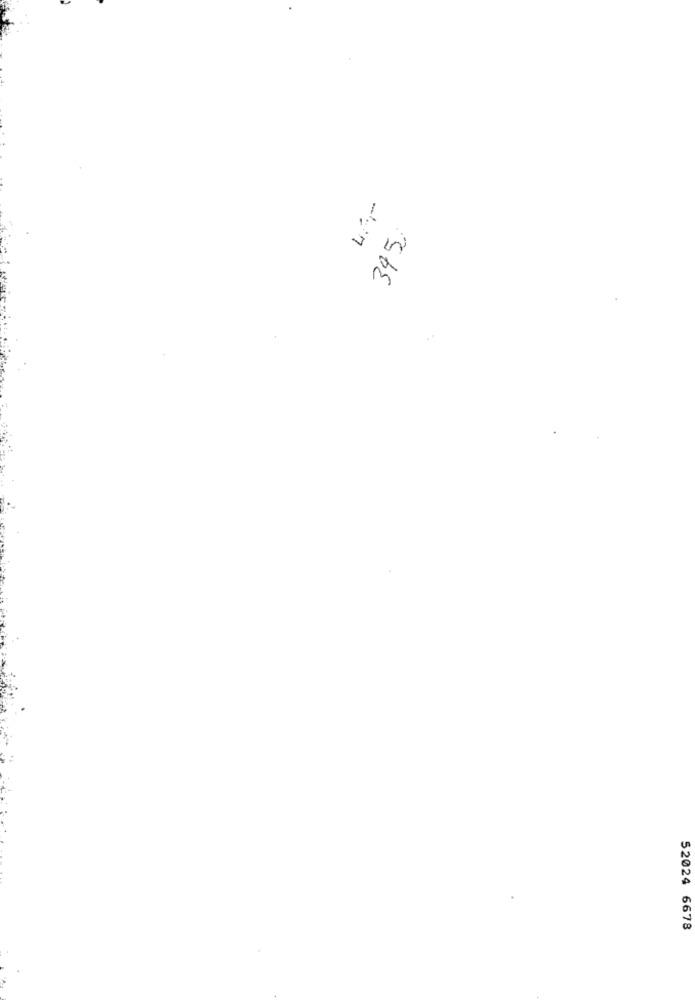
4.
345
52024 6678